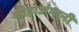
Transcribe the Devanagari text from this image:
चोहोअंगानी